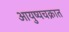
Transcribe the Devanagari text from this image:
आयुष्यचक्रात